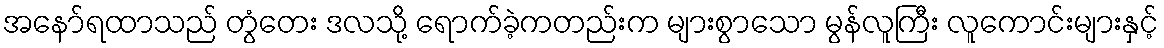
အနော်ရထာသည် တွံတေး ဒလသို့ ရောက်ခဲ့ကတည်းက များစွာသော မွန်လူကြီး လူကောင်းများနှင့်